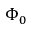
\Phi _ { 0 }